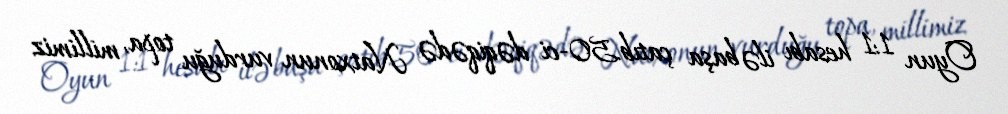
Oyun 1:1 hesabı ilə başa çatıb.50-ci dəqiqədə Natxonun vurduğu topa, millimiz